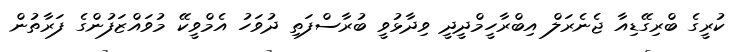
ކުރީގެ ބްރިގޭޑިއާ ޖެނެރަލް އިބްރާހީމްދީދީ ވިދާޅުވީ ބުރާސްފަތި ދުވަހު އެމްވީކޭ މުވައްޒަފުންގެ ފަރާތުން